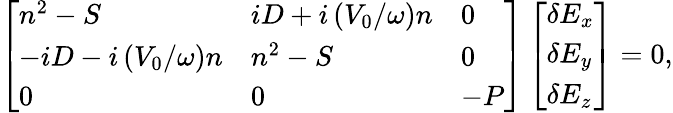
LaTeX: \left[\begin{array}{lll}{n^{2}-S}&{iD+i\left(V_{0}/\omega\right)n}&{0}\\ {-iD-i\left(V_{0}/\omega\right)n}&{n^{2}-S}&{0}\\ {0}&{0}&{-P}\end{array}\right]\left[\begin{array}{l}{\delta E_{x}}\\ {\delta E_{y}}\\ {\delta E_{z}}\end{array}\right]=0,